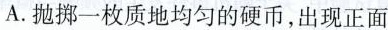
A. 抛掷一枚质地均匀的硬币，出现正面